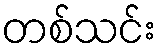
တစ်သင်း